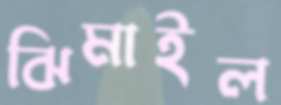
ঝিমাইল